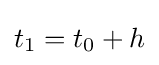
t_{1}=t_{0}+h